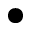
\bullet